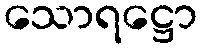
သောရဋ္ဌော